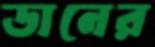
ডানের